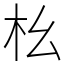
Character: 㭃